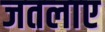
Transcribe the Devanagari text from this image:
जतलाए